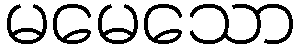
မမေသော